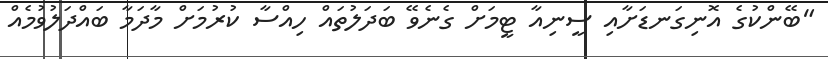
"ބޭންކުގެ އޮނިގަނޑަށާއި ސީނިއާ ޓީމަށް ގެނެވޭ ބަދަލުތައް ހިއްސާ ކުރުމަށް މާދަމާ ބައްދަލުވުމެއް